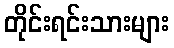
တိုင်းရင်းသားများ